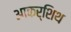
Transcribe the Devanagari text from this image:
आकर्शिथ